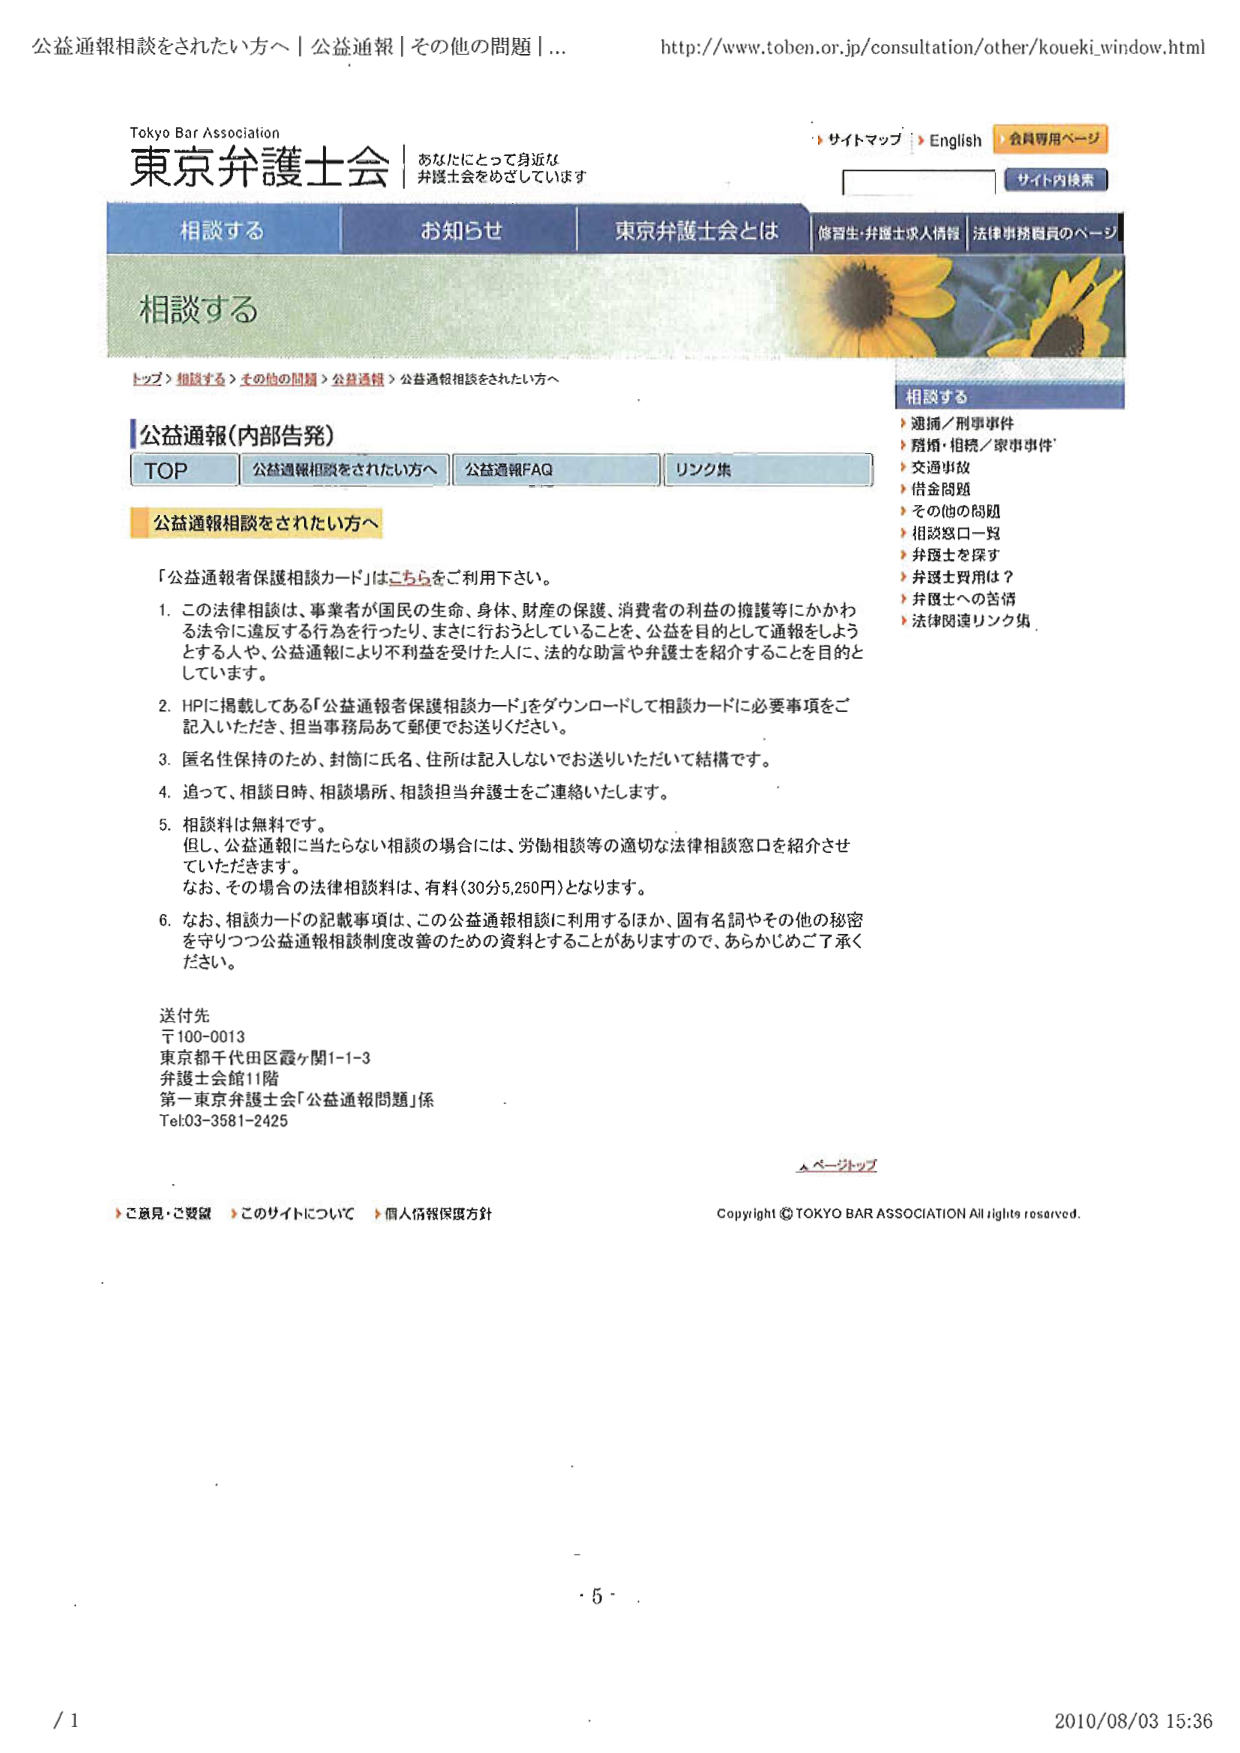
公益通報相談をされた方へ | 公益通報 | その他の問題 |...
http://www.toben.or.jp/consultation/other/koueki_window.html

Tokyo Bar Association
東京弁護士会
あなたにとって身近な
弁護士会をめざしています

サイトマップ | English | 会員専用ページ
サイト内検索

相談する
お知らせ
東京弁護士会とは
修習生・弁護士求人情報 | 法律事務職員のページ

相談する

トップ > 相談する > その他の問題 > 公益通報 > 公益通報相談をされた方へ

相談する
▶ 逮捕／刑事事件
▶ 婚姻・相続／家事事件
▶ 交通事故
▶ 借金問題
▶ その他の問題
▶ 相談窓口一覧
▶ 弁護士を探す
▶ 弁護士費用は？
▶ 弁護士への苦情
▶ 法律関連リンク集

公益通報(内部告発)
TOP
公益通報相談をされた方へ
公益通報FAQ
リンク集

公益通報相談をされた方へ

「公益通報者保護相談カード」はこちらをご利用下さい。

1. この法律相談は、事業者が国民の生命、身体、財産の保護、消費者の利益の擁護等にかかわる法令に違反する行為を行ったり、まさに行おうとしていることを、公益を目的として通報しようとする人や、公益通報により不利益を受けた人に、法的な助言や弁護士を紹介することを目的としています。

2. HPに掲載してある「公益通報者保護相談カード」をダウンロードして相談カードに必要事項をご記入いただき、担当事務局あて郵便でお送りください。

3. 匿名性保持のため、封筒に氏名、住所は記入しないでお送りいただいて結構です。

4. 追って、相談日時、相談場所、相談担当弁護士をご連絡いたします。

5. 相談料は無料です。
但し、公益通報に当たらない相談の場合には、労働相談等の適切な法律相談窓口を紹介させていただきます。
なお、その場合の法律相談料は、有料(30分5,250円)となります。

6. なお、相談カードの記載事項は、この公益通報相談に利用するほか、固有名詞やその他の秘密を守りつつ公益通報相談制度改善のための資料とすることがありますので、あらかじめご了承ください。

送付先
〒100-0013
東京都千代田区霞ヶ関1-1-3
弁護士会館11階
第一東京弁護士会「公益通報問題」係
Tel.03-3581-2425

▲ページトップ

▶ ご意見・ご要望
▶ このサイトについて
▶ 個人情報保護方針

Copyright © TOKYO BAR ASSOCIATION All rights reserved.

/ 1
2010/08/03 15:36
・5・